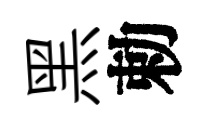
黑勅